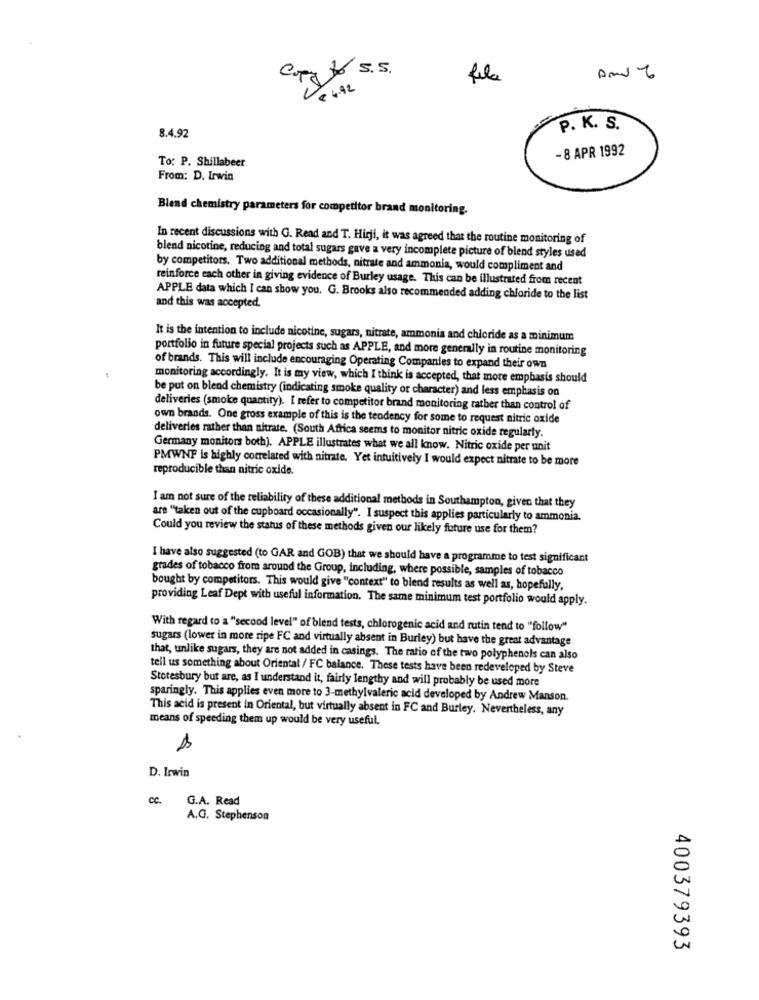
Copy to S.S.
Rela
₹ 4.92
P. K. S.
8.4.92
- 8 APR 1992
To: P. Shillabeer
From: D. Irwin
Blend chemistry parameters for competitor brand monitoring.
In recent discussions with G. Read and T. Hirji, it was agreed that the routine monitoring of
blend nicotine, reducing and total sugars gave a very incomplete picture of blend styles used
by competitors. Two additional methods, nitrate and ammonia, would compliment and
reinforce each other in giving evidence of Burley usage. This can be illustrated from recent
APPLE data which I can show you. G. Brooks also recommended adding chloride to the list
and this was accepted.
It is the intention to include nicotine, sugars, nitrate, ammonia and chloride as a minimum
portfolio in future special projects such as APPLE, and more generally in routine monitoring
of brands. This will include encouraging Operating Companies to expand their own
monitoring accordingly. It is my view, which I think is accepted, that more emphasis should
be put on blend chemistry (indicating smoke quality or character) and less emphasis on
deliveries (smoke quantity). I refer to competitor brand monitoring rather than control of
own brands. One gross example of this is the tendency for some to request nitric oxide
deliveries rather than nitrate. (South Africa seems to monitor nitric oxide regularly.
Germany monitors both). APPLE illustrates what we all know. Nitric oxide per unit
PMWNF is highly correlated with nitrate. Yet intuitively I would expect nitrate to be more
reproducible than nitric oxide.
I am not sure of the reliability of these additional methods in Southampton, given that they
are "taken out of the cupboard occasionally". I suspect this applies particularly to ammonia.
Could you review the status of these methods given our likely future use for them?
I have also suggested (to GAR and GOB) that we should have a programme to test significant
grades of tobacco from around the Group, including, where possible, samples of tobacco
bought by competitors. This would give "context" to blend results as well as, hopefully,
providing Leaf Dept with useful information. The same minimum test portfolio would apply.
With regard to a "second level" of blend tests, chlorogenic acid and rutin tend to "follow"
sugars (lower in more ripe FC and virtually absent in Burley) but have the great advantage
that, unlike sugars, they are not added in casings. The ratio of the two polyphenols can also
tell us something about Oriental / FC balance. These tests have been redeveloped by Steve
Stotesbury but are, as I understand it, fairly lengthy and will probably be used more
sparingly. This applies even more to 3-methylvaleric acid developed by Andrew Manson.
This acid is present in Oriental, but virtually absent in FC and Burley. Nevertheless, any
means of speeding them up would be very useful.
D. Irwin
cc.
G.A. Read
A.G. Stephenson
400379393